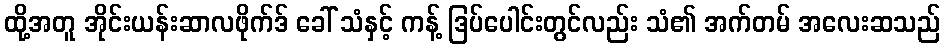
ထို့အတူ အိုင်းယန်းဆာလဖိုက်ဒ် ခေါ် သံနှင့် ကန့် ဒြပ်ပေါင်းတွင်လည်း သံ၏ အက်တမ် အလေးဆသည်